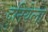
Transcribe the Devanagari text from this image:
दुनियेला